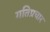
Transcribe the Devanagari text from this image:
गतिप्रचार